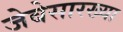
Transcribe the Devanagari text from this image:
जेबेसारख्या